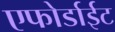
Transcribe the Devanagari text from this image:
एफोर्डाईट